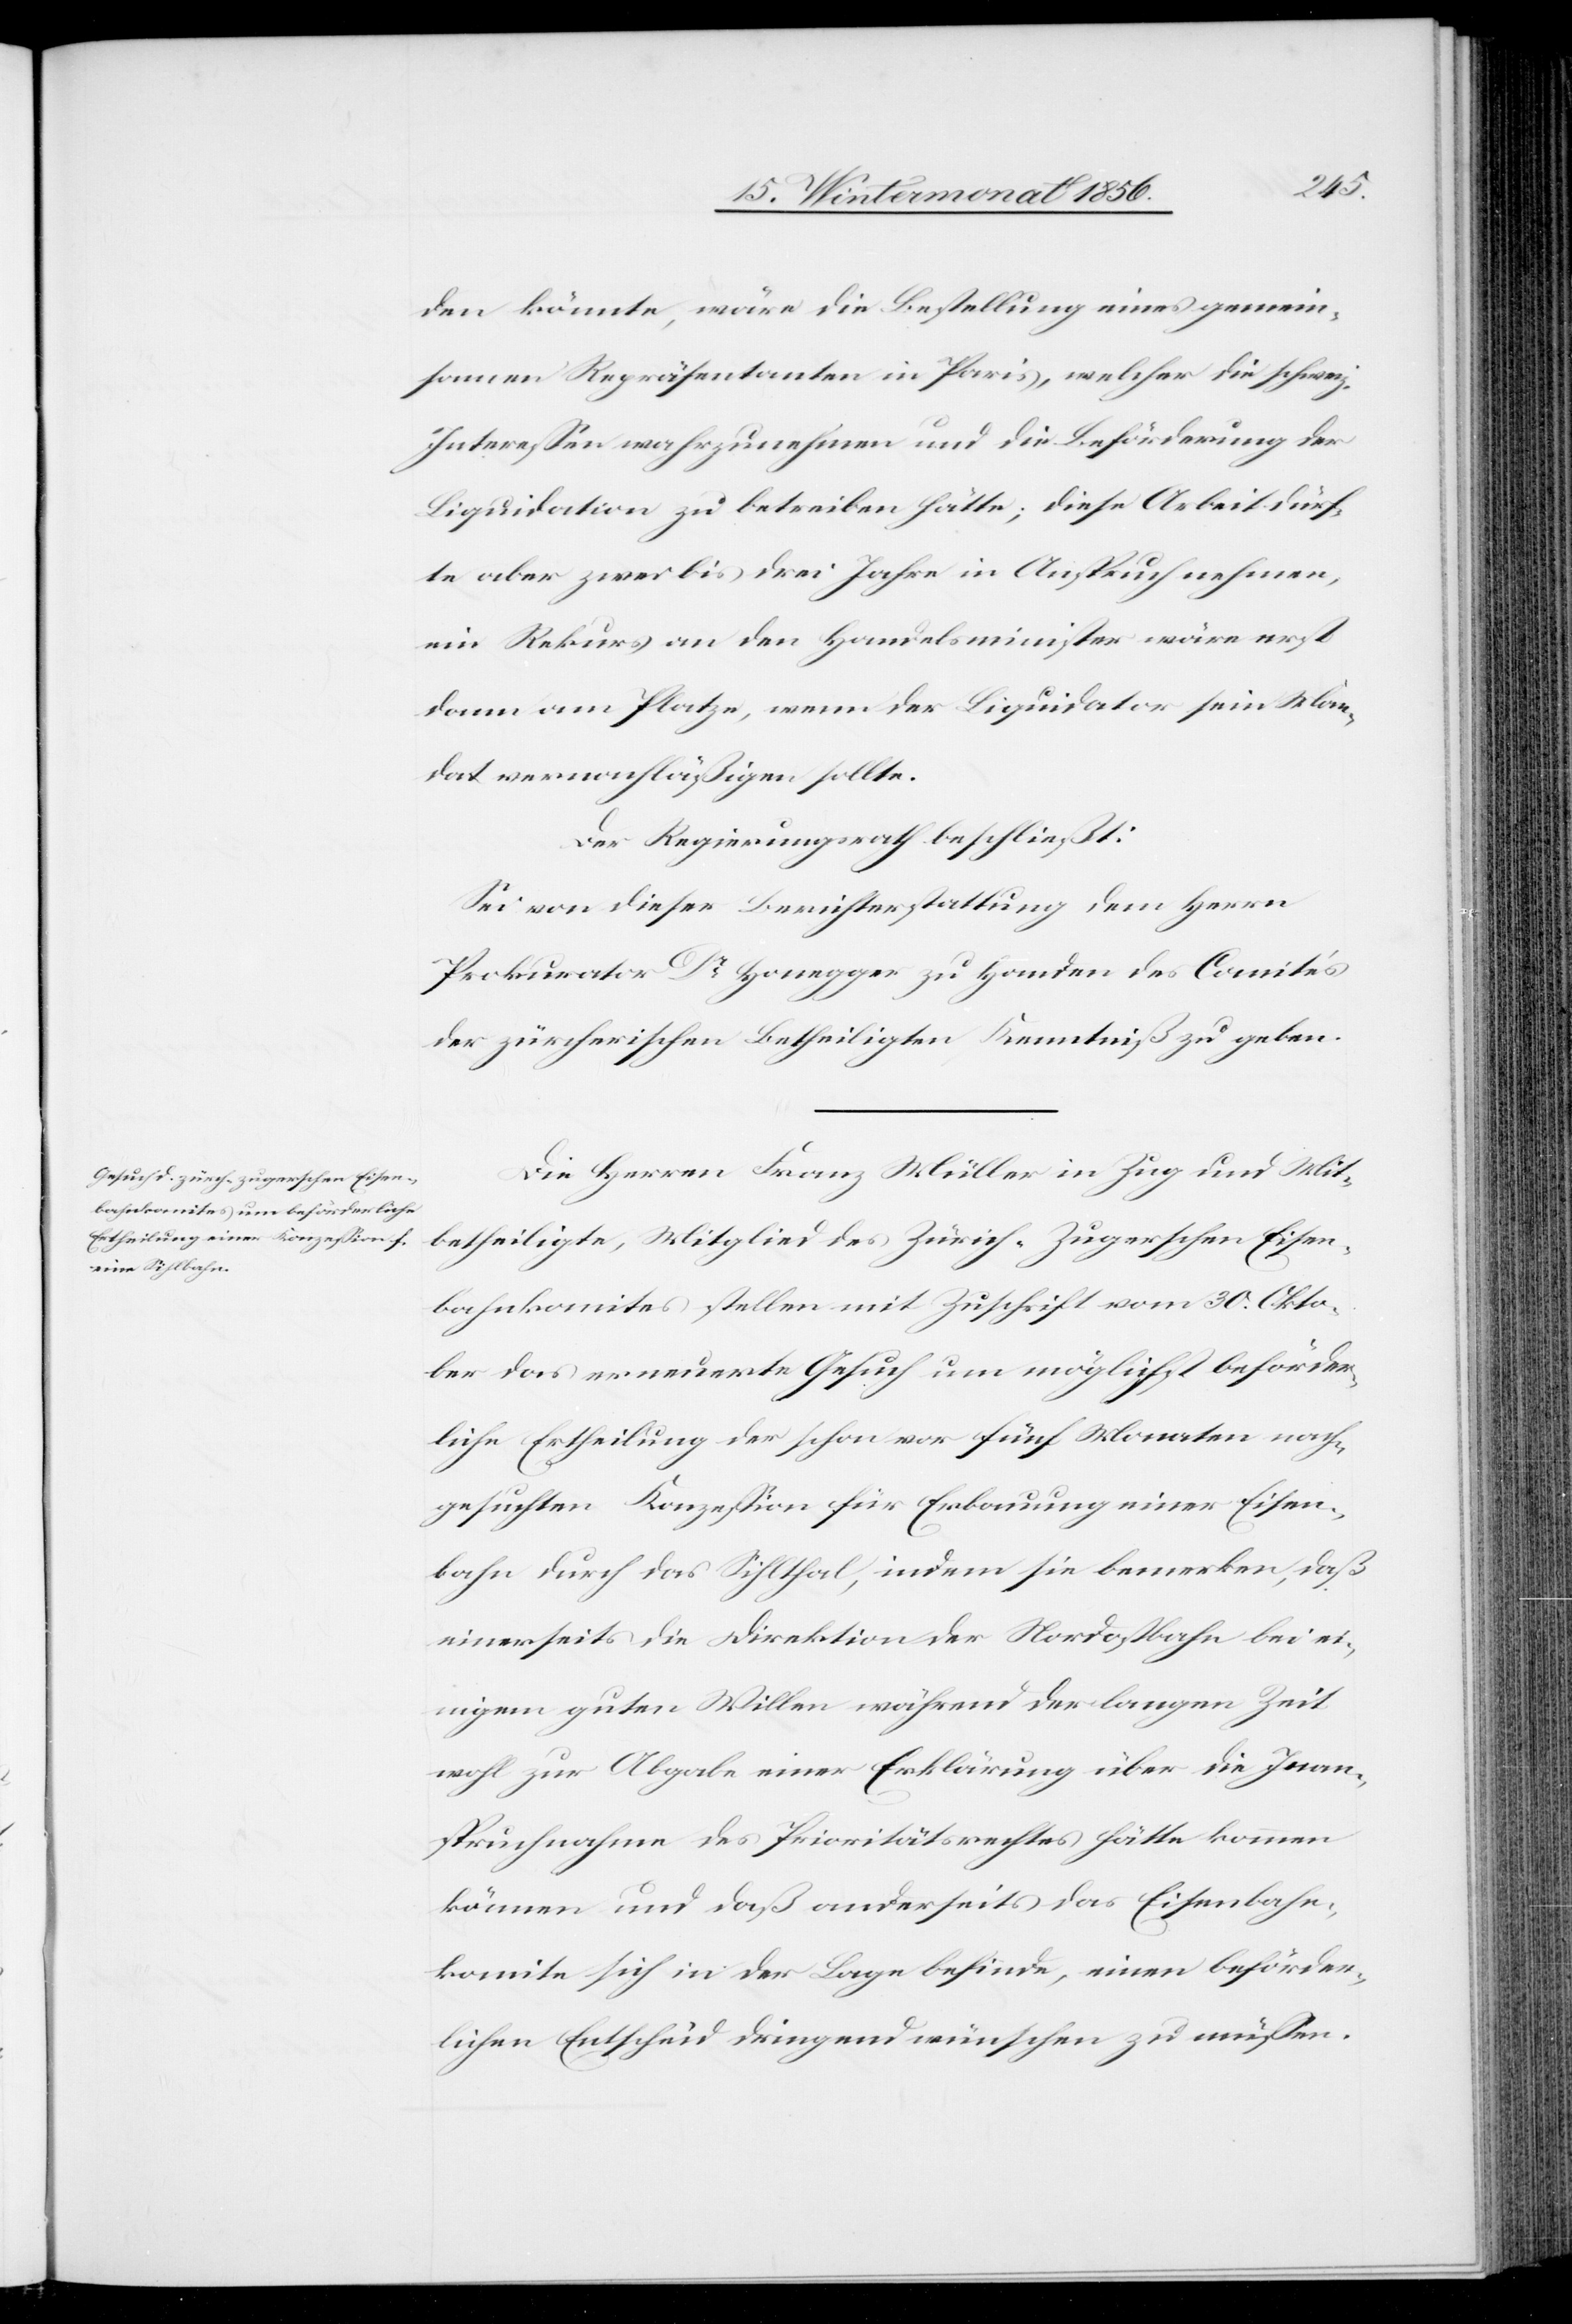
den könnte, wäre die Bestellung eines gemein¬
samen Repräsentanten in Paris, welcher die schweiz.
Interessen wahrzunehmen und die Beförderung der
Liquidation zu betreiben hätte; diese Arbeit dürf¬
te aber zwei bis drei Jahre in Anspruch nehmen,
ein Rekurs an den Handelsminister wäre erst
dann am Platze, wenn der Liquidator sein Man¬
dat vernachläßigen sollte.
Der Regierungsrath beschließt:
Sei von dieser Berichterstattung dem Herrn
Prokurator Dr Honegger zu Handen des Comités
der zürcherischen Betheiligten Kenntniß zu geben.
Die Herren Franz Müller in Zug und Mit¬
betheiligte, Mitglied des Zürich-Zugerschen Eisen¬
bahnkomites stellen mit Zuschrift vom 30. Okto¬
ber das erneuerte Gesuch um möglichst beförder¬
liche Ertheilung der schon vor fünf Monaten nach¬
gesuchten Konzession für Erbauung einer Eisen¬
bahn durch das Sihlthal, indem sie bemerken, daß
einerseits die Direktion der Nordostbahn bei ei¬
nigem guten Willen während der langen Zeit
wohl zur Abgabe einer Erklärung über die Inan¬
spruchnahme des Prioritätsrechtes hätte kommen
können und daß anderseits das Eisenbahn¬
komite sich in der Lage befinde, einen behörd¬
lichen Entscheid dringend wünschen zu müssen.